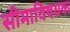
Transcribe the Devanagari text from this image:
सीमाविषयक